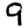
Digit: 9